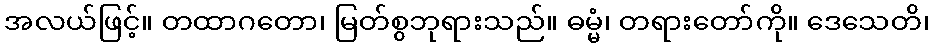
အလယ်ဖြင့်။ တထာဂတော၊ မြတ်စွဘုရားသည်။ ဓမ္မံ၊ တရားတော်ကို။ ဒေသေတိ၊